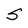
Character: S